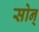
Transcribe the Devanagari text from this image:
सोन्